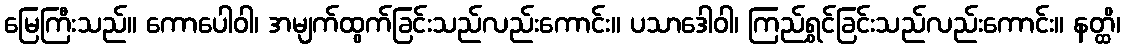
မြေကြီးသည်။ ကောပေါဝါ၊ အမျက်ထွက်ခြင်းသည်လည်းကောင်း။ ပသာဒေါဝါ၊ ကြည်ရွှင်ခြင်းသည်လည်းကောင်း။ နတ္ထိ၊